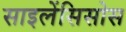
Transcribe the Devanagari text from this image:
साइलेंसिसोस